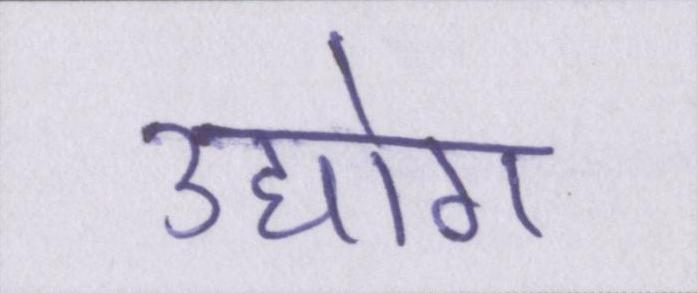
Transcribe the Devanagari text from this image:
उद्योग